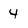
Character: 4